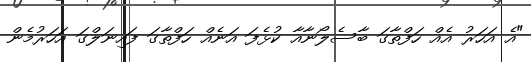
"އެ އަހަރު އެއް ހަފްތާގަ ބާސެލޯނާއާ ކުޅެފަ އަނެއް ހަފްތާގަ ފައިނަލްގަ އަހަރުމެން